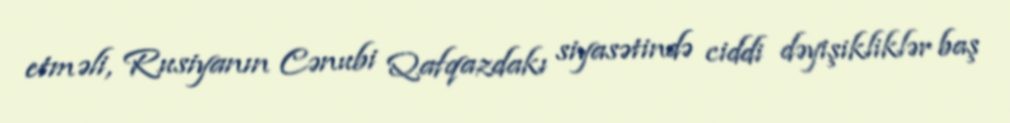
etməli, Rusiyanın Cənubi Qafqazdakı siyasətində ciddi dəyişikliklər baş